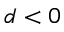
d < 0